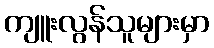
ကျူးလွန်သူများမှာ